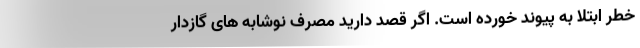
خطر ابتلا به پیوند خورده است. اگر قصد دارید مصرف نوشابه های گازدار